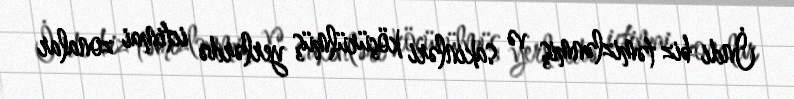
İndi biz təmizlənmiş və sakinləri köçürülmüş yerlərdə ictimai zonalar